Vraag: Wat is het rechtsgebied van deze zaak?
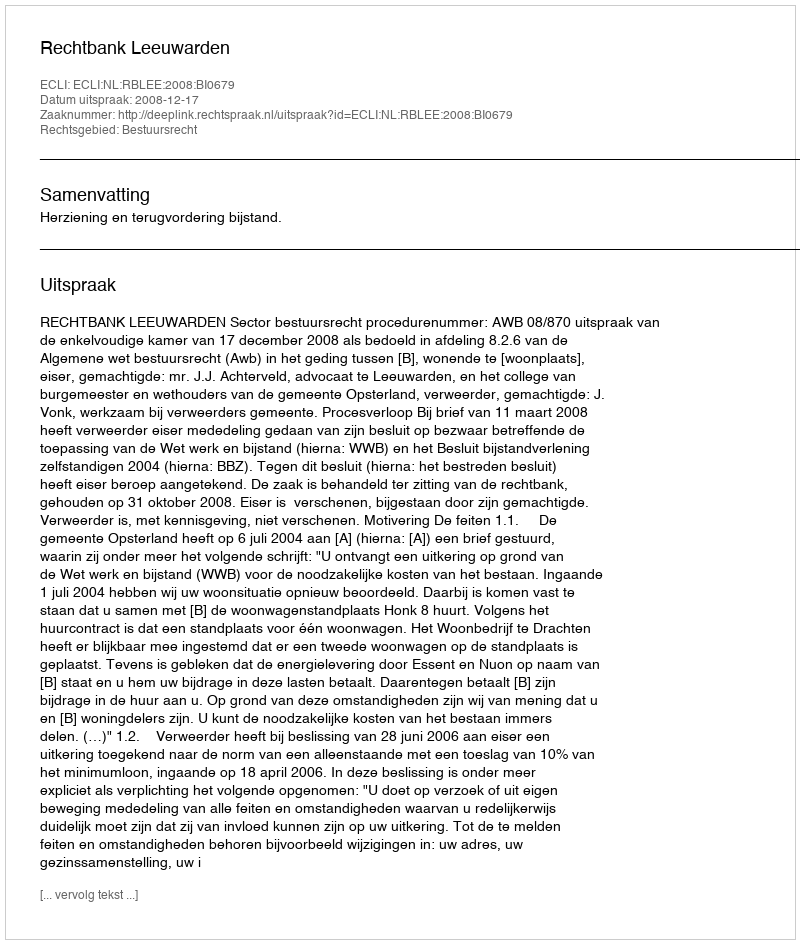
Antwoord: Bestuursrecht